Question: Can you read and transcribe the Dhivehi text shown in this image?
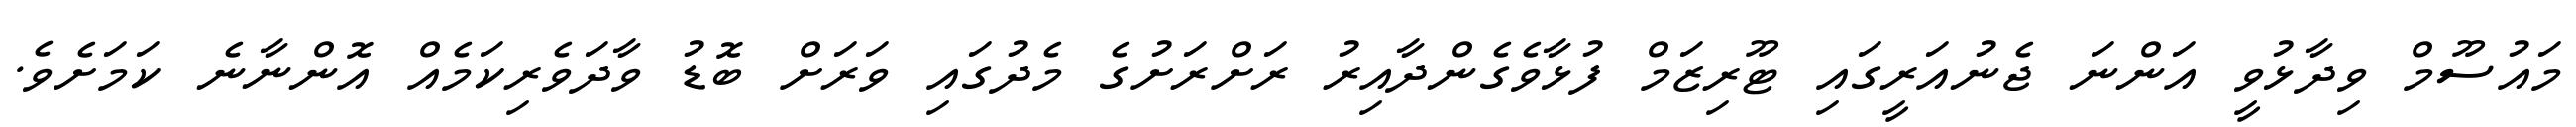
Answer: މައުސޫމް ވިދާޅުވީ އަންނަ ޖެނުއަރީގައި ޓޫރިޒަމް ފުޅާވެގެންދާއިރު ރަށްރަށުގެ މެދުގައި ވަރަށް ބޮޑު ވާދަވެރިކަމެއް އޮންނާނެ ކަމަށެވެ.